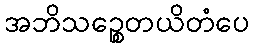
အဘိသဉ္စေတယိတံပေ